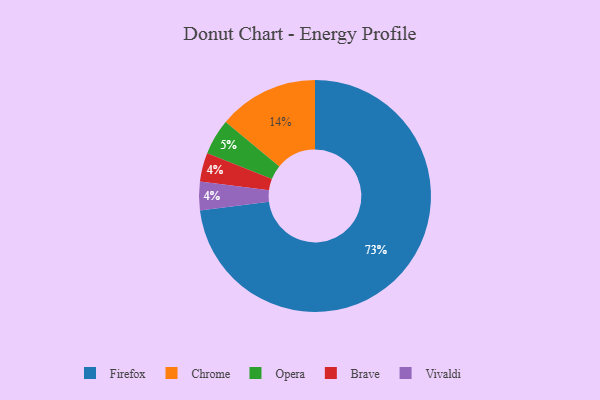
{"axis": {"x": "Category", "y": "Percentage"}, "legend": ["Brave", "Chrome", "Firefox", "Opera", "Vivaldi"], "data": [{"x": "Chrome", "y": 14, "type": "Chrome"}, {"x": "Brave", "y": 4, "type": "Brave"}, {"x": "Vivaldi", "y": 4, "type": "Vivaldi"}, {"x": "Firefox", "y": 73, "type": "Firefox"}, {"x": "Opera", "y": 5, "type": "Opera"}]}